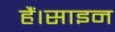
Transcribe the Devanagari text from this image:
हैं।साइन